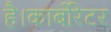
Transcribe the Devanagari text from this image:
है।कार्बोरेटर